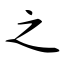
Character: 之